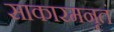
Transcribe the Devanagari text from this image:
साकारमनृतं